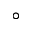
\circ